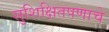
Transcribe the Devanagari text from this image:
सुशिक्षितपणाचे